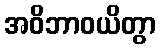
အဝိဘာဝယိတွာ